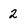
Character: 2